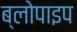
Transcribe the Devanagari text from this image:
ब्लोपाइप